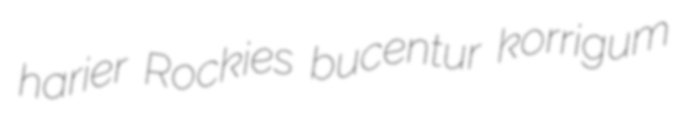
harier Rockies bucentur korrigum